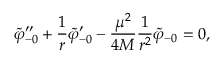
{ \tilde { \varphi } _ { - 0 } } ^ { \prime \prime } + { \frac { 1 } { r } } { \tilde { \varphi } _ { - 0 } } ^ { \prime } - { \frac { \mu ^ { 2 } } { 4 M } } { \frac { 1 } { r ^ { 2 } } } { \tilde { \varphi } _ { - 0 } } = 0 ,